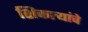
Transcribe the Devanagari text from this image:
शिकार्‍यांचे